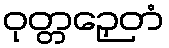
ဝုတ္တဉှေတံ